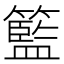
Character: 籃